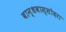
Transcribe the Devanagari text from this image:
बान्धवास्सोदरा